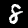
Digit: 8